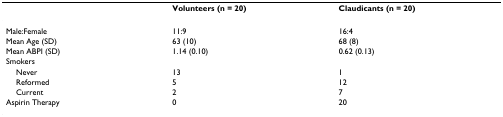
<table><thead><tr><td></td><td><b>Volunteers (n = 20)</b></td><td><b>Claudicants (n = 20)</b></td></tr></thead><tbody><tr><td>Male:Female</td><td>11:9</td><td>16:4</td></tr><tr><td>Mean Age (SD)</td><td>63 (10)</td><td>68 (8)</td></tr><tr><td>Mean ABPI (SD)</td><td>1.14 (0.10)</td><td>0.62 (0.13)</td></tr><tr><td>Smokers</td><td></td><td></td></tr><tr><td> Never</td><td>13</td><td>1</td></tr><tr><td> Reformed</td><td>5</td><td>12</td></tr><tr><td> Current</td><td>2</td><td>7</td></tr><tr><td>Aspirin Therapy</td><td>0</td><td>20</td></tr></tbody></table>